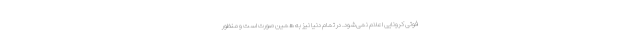
فوتی کرونایی اعلام نمی‌شود. در تمام دنیا نیز به همین صورت است و منظور